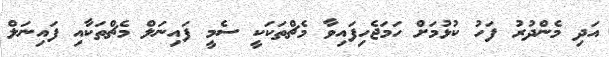
އަދި މެންދުރު ފަހު ކުޅުމަށް ހަމަޖެހިފައިވާ މެޗްތަކަކީ ސެމީ ފައިނަލް މެޗްތަކާއި ފައިނަލް